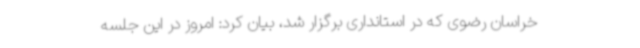
خراسان رضوی که در استانداری برگزار شد، بیان کرد: امروز در این جلسه